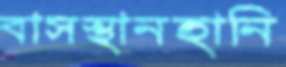
বাসস্থানহানি